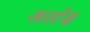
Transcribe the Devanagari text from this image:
अर्तास